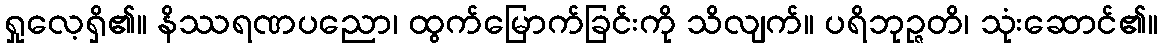
ရှုလေ့ရှိ၏။ နိဿရဏပညော၊ ထွက်မြောက်ခြင်းကို သိလျက်။ ပရိဘုဉ္ဇတိ၊ သုံးဆောင်၏။